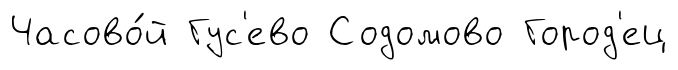
Часово́й Гус'ево Содомово Город'ец